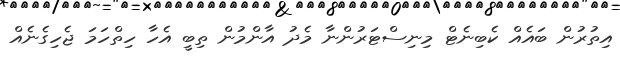
އިތުރުން ބައެއް ކެބިނެޓް މިނިސްޓަރުންނާ މެދު އާންމުން ތިބީ އެހާ ހިތްހަމަ ޖެހިގެނެއް